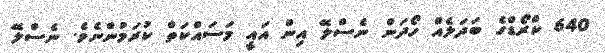
640 ކްރޯޑްގެ ބަދަލެއް ހޯދަން ނެސްލޭ އިން އައީ މަސައްކަތް ކުރަމުންނެވެ. ނެސްލޭ